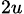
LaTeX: _{2u}